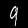
Label: 9